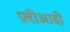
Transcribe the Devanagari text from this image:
फ़्रीआदीं